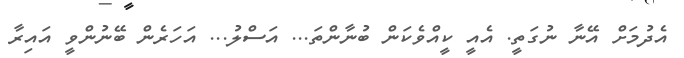
އެދުމަށް އޭނާ ނުގަތީ. އެއީ ކީއްވެކަން ބުނާންތަ... އަސްލު... އަހަރެން ބޭނުންވީ އައިރާ